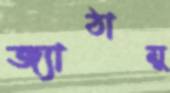
জ্যাঠামু